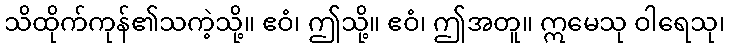
သိထိုက်ကုန်၏သကဲ့သို့။ ဧဝံ၊ ဤသို့။ ဧဝံ၊ ဤအတူ။ ဣမေသု ဝါရေသု၊